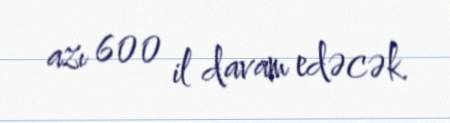
azı 600 il davam edəcək.